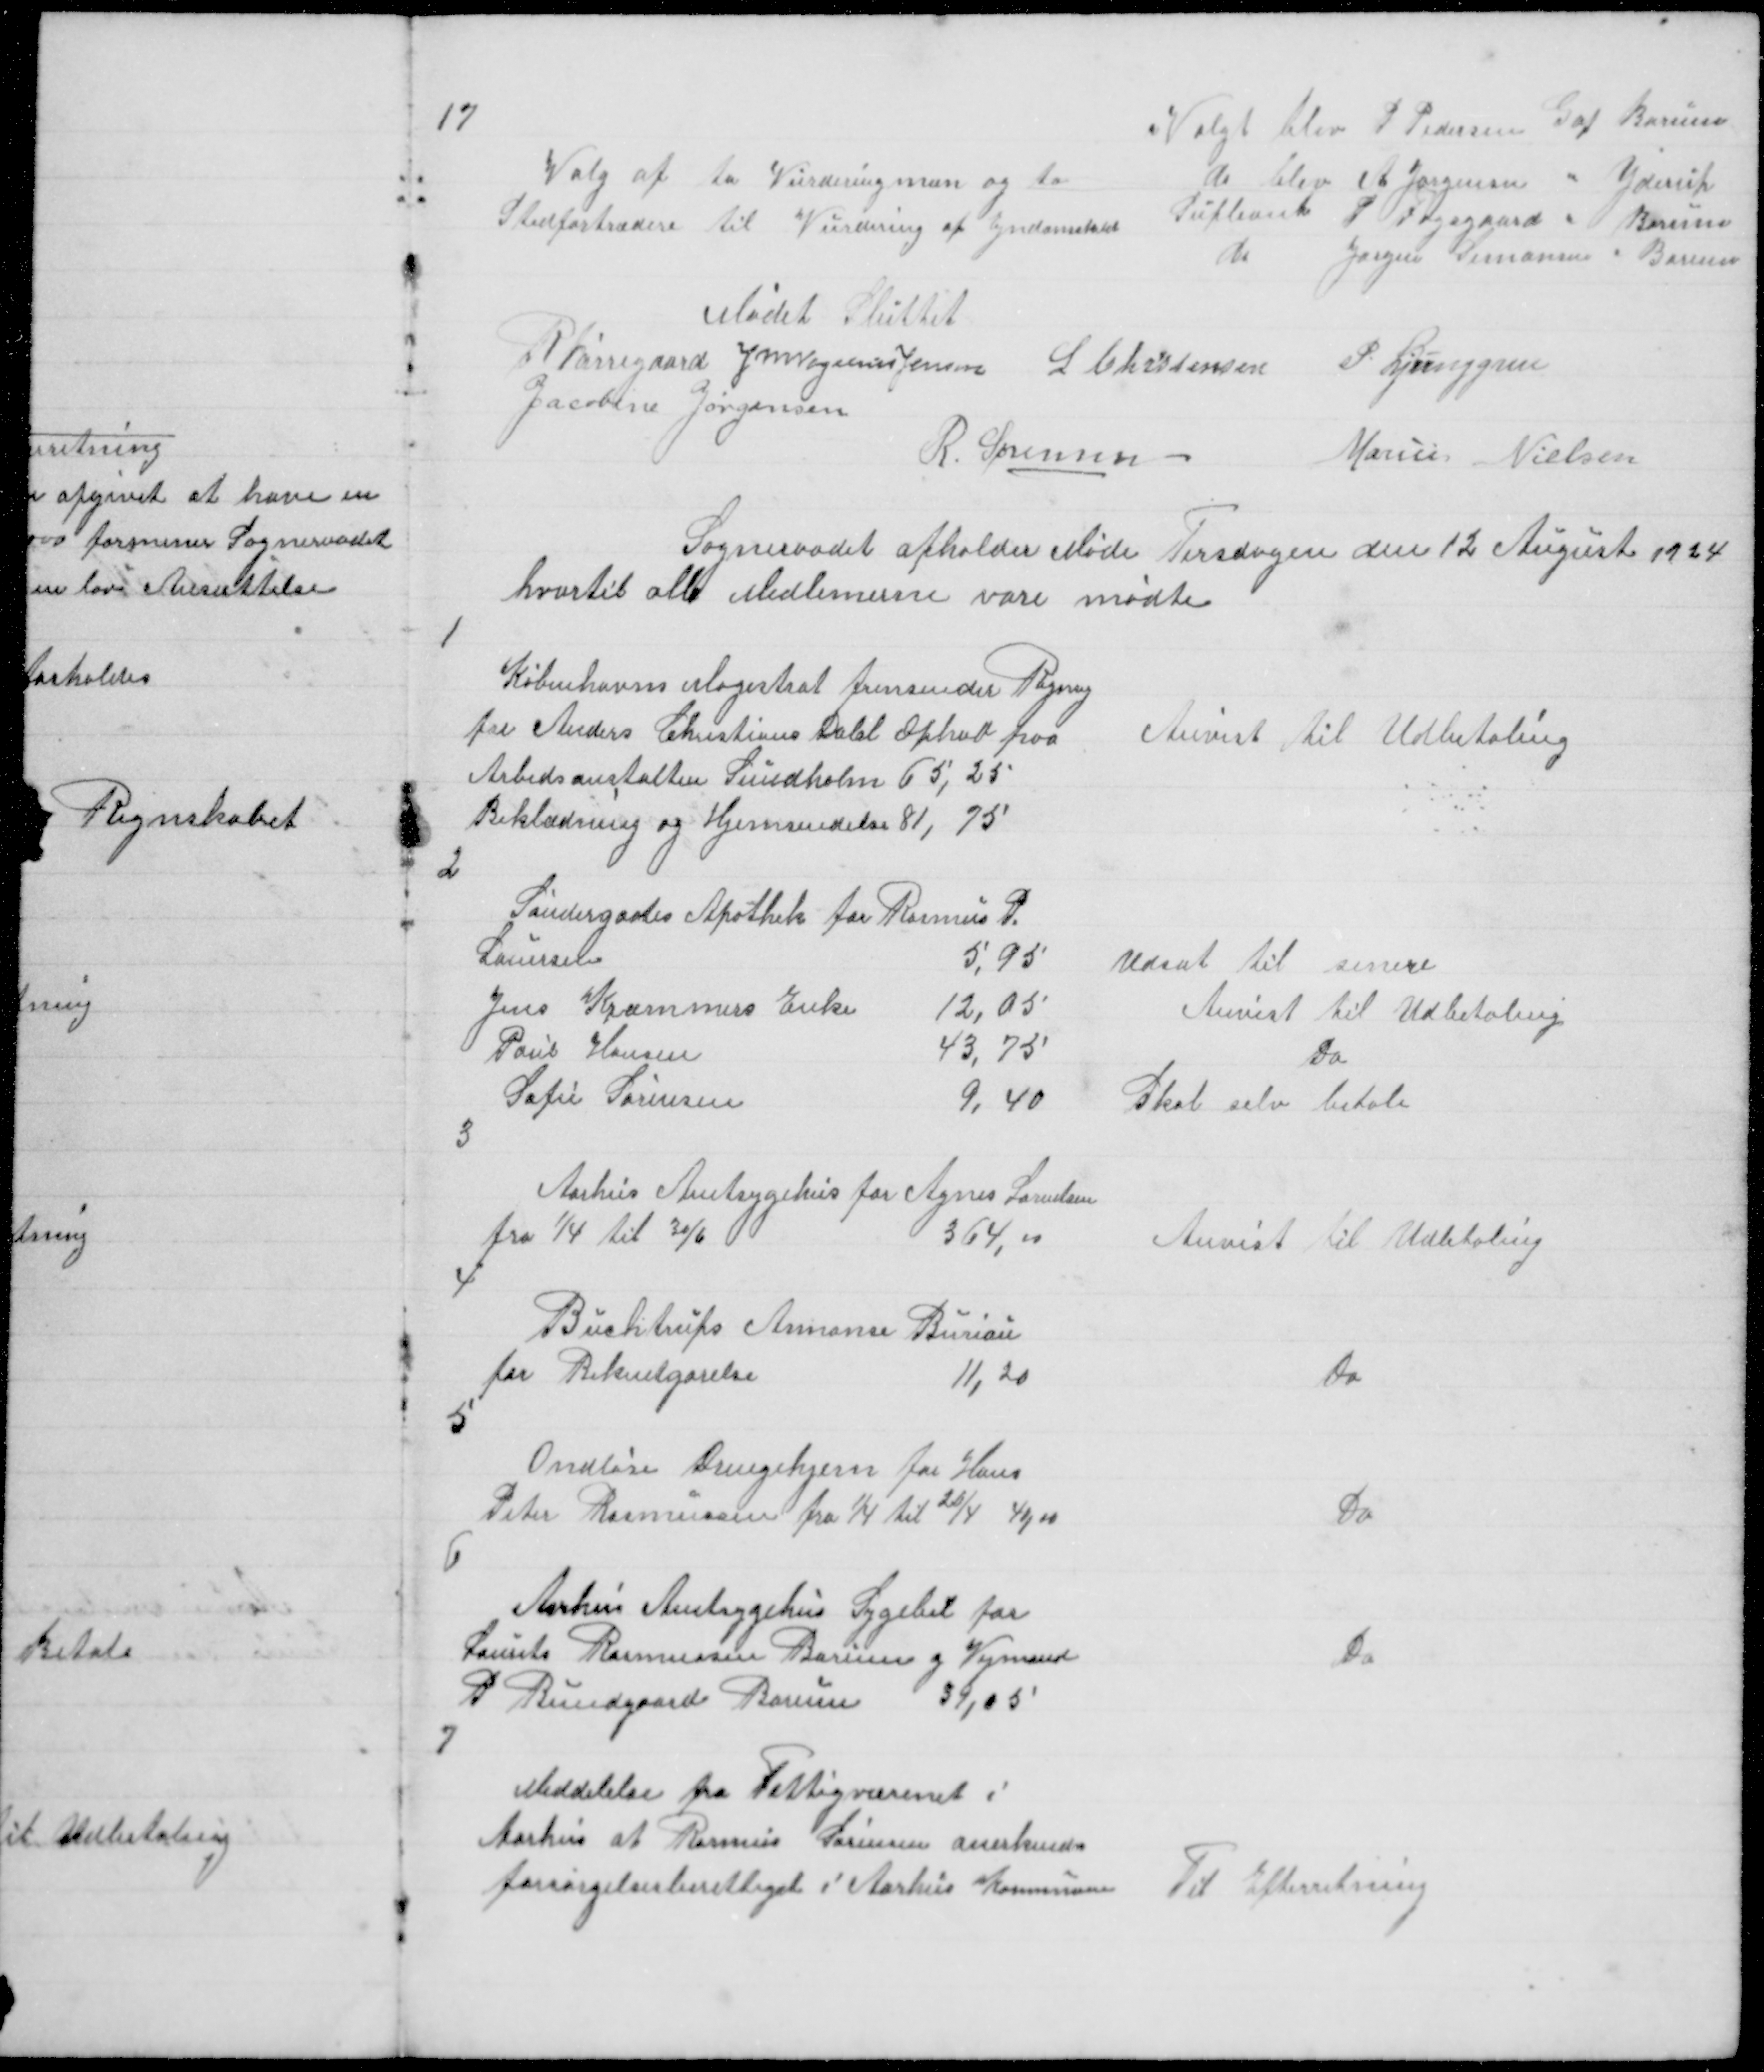
Transskription:
17

Valg af to Vurderingmæn og to
Stedfortrædere til Vurdering af Ejndomskat

Valgt blev P Pedersen G af Borum
do blev A Jørgensen " Yderup
Supleant S Fogsgaard " Borum
do
Jørgen Simonsen " Borum

Mødet Sluttet
R Nørregaard J M Vogelius Jensen
L Christensen 
P Ljunggren
Jacobine Jørgensen
R. Sørensen
Marius Nielsen

Sogneraadet afholder Møde Tirsdagen den 12 August 1924
hvortil alle Medlemerne vare mødte

1
Københavns Magistrat fremsender Regning
for Anders Christian Dahl Ophold paa
Arbedsanstalten Sundholm 65,25
Beklædning og Hjemsendelse 81,75

Anvist til Udbetaling

2

3

Aarhus Amtsygehus for Agnes Lauridsen
fra 1/4 til 30/6
364,00

Anvist til Udbetaling

4
Buchtrups Annonse Buriau
for Bekentgørelse
11,20

Do

5

Ondløse Drengehjem for Hans
Peter Rasmussen fra 1/4 til 26/4 40,00

Do

6

Aarhus Amtsygehus Sygebil for
Laurits Rasmussen Borum g Vejmand
P Bundgaard Borum
39,05

Do

7

Meddelelse fra Fattigvæsenet i
Aarhus at Rasmus Sørensen anerkendes
forsørgelsesberettiget i Aarhus Kommune

Til Efterretning